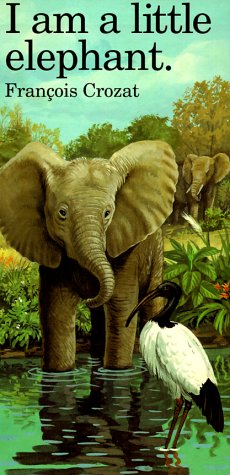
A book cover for I Am a Little Elephant: Large ("I Am" Series); Francois Crozat; Children's Books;